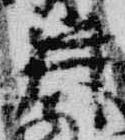
井